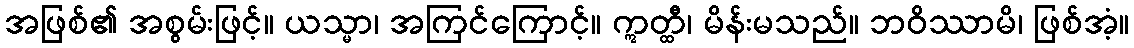
အဖြစ်၏ အစွမ်းဖြင့်။ ယသ္မာ၊ အကြင်ကြောင့်။ ဣတ္ထီ၊ မိန်းမသည်။ ဘဝိဿာမိ၊ ဖြစ်အံ့။